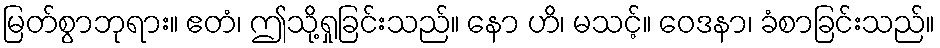
မြတ်စွာဘုရား။ ဧတံ၊ ဤသို့ရှုခြင်းသည်။ နော ဟိ၊ မသင့်။ ဝေဒနာ၊ ခံစာခြင်းသည်။